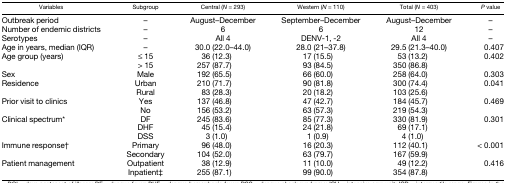
<table><thead><tr><td><b>Variables</b></td><td><b>Subgroup</b></td><td><b>Central (<i>N</i> = 293)</b></td><td><b>Western (<i>N</i> = 110)</b></td><td><b>Total (<i>N</i> = 403)</b></td><td><b><i>P</i> value</b></td></tr></thead><tbody><tr><td>Outbreak period</td><td>–</td><td>August–December</td><td>September–December</td><td>August–December</td><td>–</td></tr><tr><td>Number of endemic districts</td><td>–</td><td>6</td><td>6</td><td>12</td><td>–</td></tr><tr><td>Serotypes</td><td>–</td><td>All 4</td><td>DENV-1, -2</td><td>All 4</td><td>–</td></tr><tr><td>Age in years, median (IQR)</td><td>–</td><td>30.0 (22.0–44.0)</td><td>28.0 (21–37.8)</td><td>29.5 (21.3–40.0)</td><td>0.407</td></tr><tr><td>Age group (years)</td><td>≤ 15</td><td>36 (12.3)</td><td>17 (15.5)</td><td>53 (13.2)</td><td>0.402</td></tr><tr><td></td><td>&gt; 15</td><td>257 (87.7)</td><td>93 (84.5)</td><td>350 (86.8)</td><td></td></tr><tr><td>Sex</td><td>Male</td><td>192 (65.5)</td><td>66 (60.0)</td><td>258 (64.0)</td><td>0.303</td></tr><tr><td>Residence</td><td>Urban</td><td>210 (71.7)</td><td>90 (81.8)</td><td>300 (74.4)</td><td>0.041</td></tr><tr><td></td><td>Rural</td><td>83 (28.3)</td><td>20 (18.2)</td><td>103 (25.6)</td><td></td></tr><tr><td>Prior visit to clinics</td><td>Yes</td><td>137 (46.8)</td><td>47 (42.7)</td><td>184 (45.7)</td><td>0.469</td></tr><tr><td></td><td>No</td><td>156 (53.2)</td><td>63 (57.3)</td><td>219 (54.3)</td><td></td></tr><tr><td>Clinical spectrum*</td><td>DF</td><td>245 (83.6)</td><td>85 (77.3)</td><td>330 (81.9)</td><td>0.301</td></tr><tr><td></td><td>DHF</td><td>45 (15.4)</td><td>24 (21.8)</td><td>69 (17.1)</td><td></td></tr><tr><td></td><td>DSS</td><td>3 (1.0)</td><td>1 (0.9)</td><td>4 (1.0)</td><td></td></tr><tr><td>Immune response†</td><td>Primary</td><td>96 (48.0)</td><td>16 (20.3)</td><td>112 (40.1)</td><td>&lt; 0.001</td></tr><tr><td></td><td>Secondary</td><td>104 (52.0)</td><td>63 (79.7)</td><td>167 (59.9)</td><td></td></tr><tr><td>Patient management</td><td>Outpatient</td><td>38 (12.9)</td><td>11 (10.0)</td><td>49 (12.2)</td><td>0.416</td></tr><tr><td></td><td>Inpatient‡</td><td>255 (87.1)</td><td>99 (90.0)</td><td>354 (87.8)</td><td></td></tr></tbody></table>